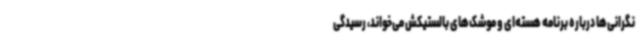
نگرانی‌ها درباره برنامه هسته‌ای و موشک‌های بالستیکش می‌خواند، رسیدگی